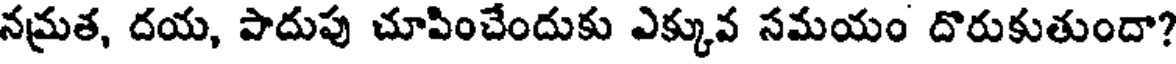
నమ్రత, దయ, పాదుపు చూపించేందుకు ఎక్కువ సమయం దొరుకుతుందా?